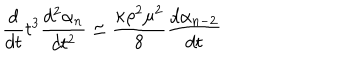
LaTeX: \frac { d } { d t } t ^ { 3 } \frac { d ^ { 2 } \alpha _ { n } } { d t ^ { 2 } } \simeq \frac { \kappa \rho ^ { 2 } \mu ^ { 2 } } { 8 } \frac { d \alpha _ { n - 2 } } { d t }